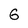
Character: 6